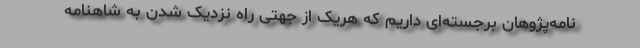
نامه‌پژوهان برجسته‌ای داریم که هریک از جهتی راه نزدیک شدن به شاهنامه